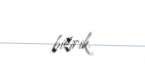
bilirik.